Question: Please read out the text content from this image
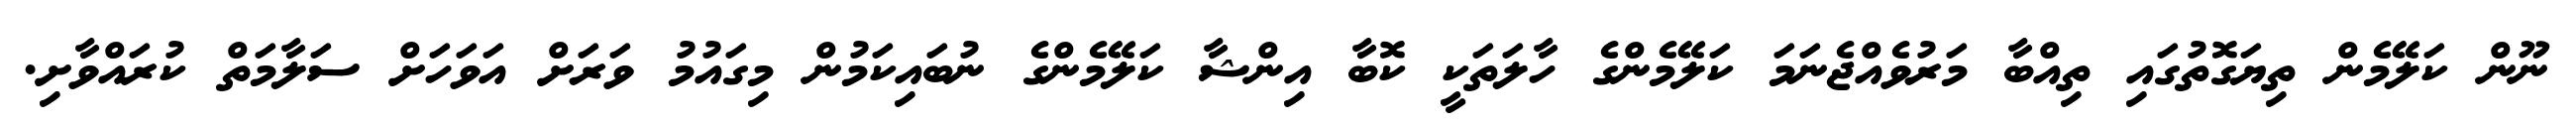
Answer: ނޫން ކަލޭމެން ތިޔަގޮތުގައި ތިއްބާ މަރުވެއްޖެނަމަ ކަލޭމެންގެ ހާލަތަކީ ކޮބާ އިންޝާ ކަލޭމެންގެ ނުބައިކަމުން މިގައުމު ވަރަށް އަވަހަށް ސަލާމަތް ކުރައްވާށި.